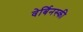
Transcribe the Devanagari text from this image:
वेर्बिनस्की